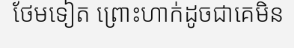
ថែមទៀត ព្រោះហាក់ដូចជាគេមិន